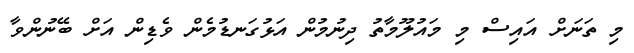
މި ތަނަށް އައިސް މި މައުލޫމާތު ދިނުމުން އަޅުގަނޑުމެން ވެޑިން އަށް ބޭނުންވާ